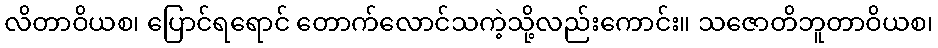
လိတာဝိယစ၊ ပြောင်ရရောင် တောက်လောင်သကဲ့သို့လည်းကောင်း။ သဇောတိဘူတာဝိယစ၊